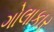
ગોલાકાર